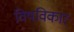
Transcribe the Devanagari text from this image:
विषविकार